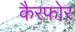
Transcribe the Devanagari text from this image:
कैरफोर